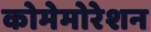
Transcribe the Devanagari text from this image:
कोमेमोरेशन